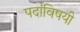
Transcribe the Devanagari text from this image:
पदांविषयी